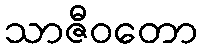
သာဇီဝတော